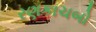
રણકાચબો